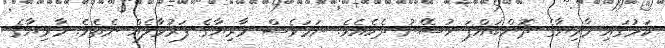
ކަމުގައި މާރިޔާގެ ދޮންބައްޕަ ހުސޭނު ދެކެއެވެ. ނަމަވެސް މާރިޔާގެ ފަރުވާލެއް ނެތެވެ. މާރިޔާގެ